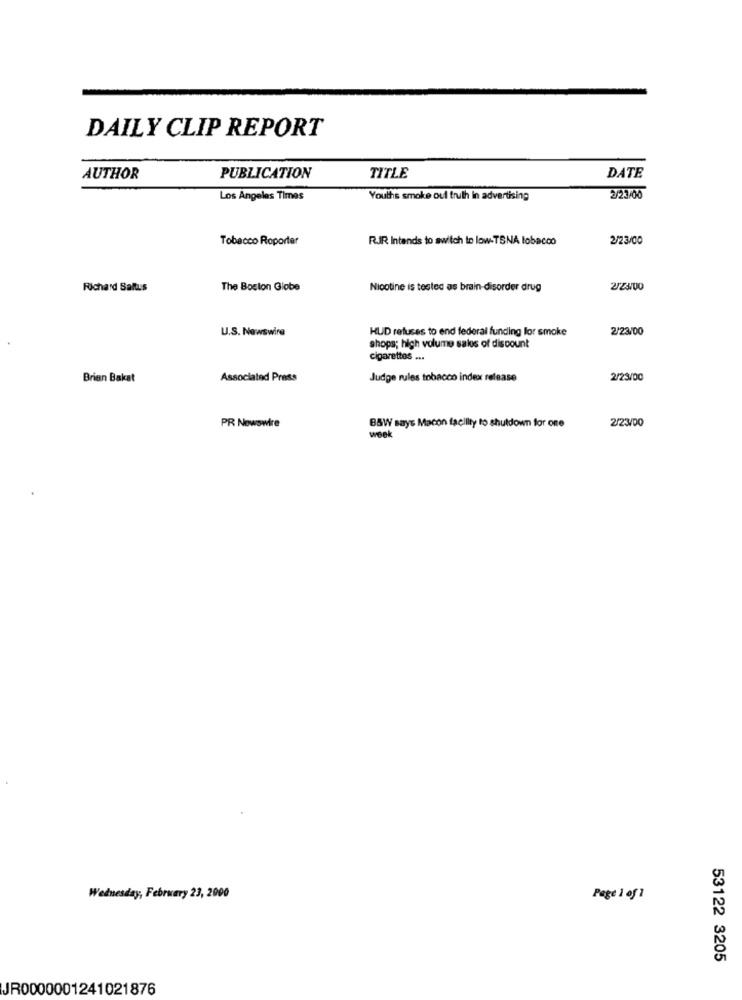
DAILY CLIP REPORT
AUTHOR
PUBLICATION
TITLE
DATE
Los Angeles Times
Youths smoke oul truth in advertising
2/23/00
Tobacco Roporter
R.JR Intends to switch to low-TSNA tobacco
2/23/00
Richard Saltus
The Boston Globe
Nicotine is tested as brain-disorder drug
2/2300
U.S. Newswire
HUD refuses to end federal funding lor smoke
2/23/00
shops; high volume sales of discount
cigarettes ...
Brian Bakat
Associated Press
Judge rules tobacco index release
2/23/00
B&W says Macon facility to shutdown for one
2/23/00
PR Newswire
week
Wednesday, February 23, 2000
Page 1 of 1
53122 3205
JR0000001241021876